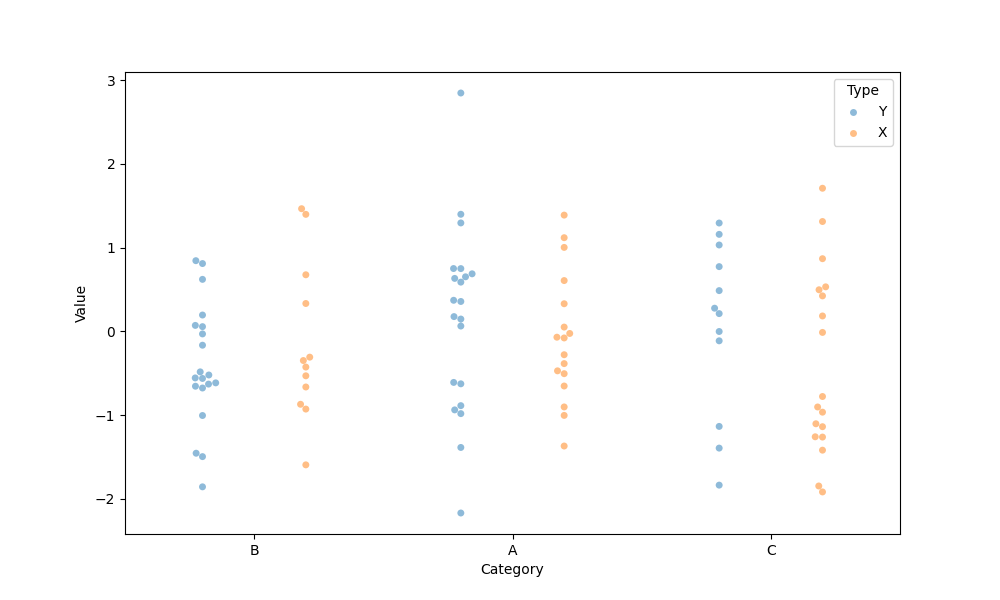
python, seaborn, swarmplot, dodge=True, alpha=0.5, size=5